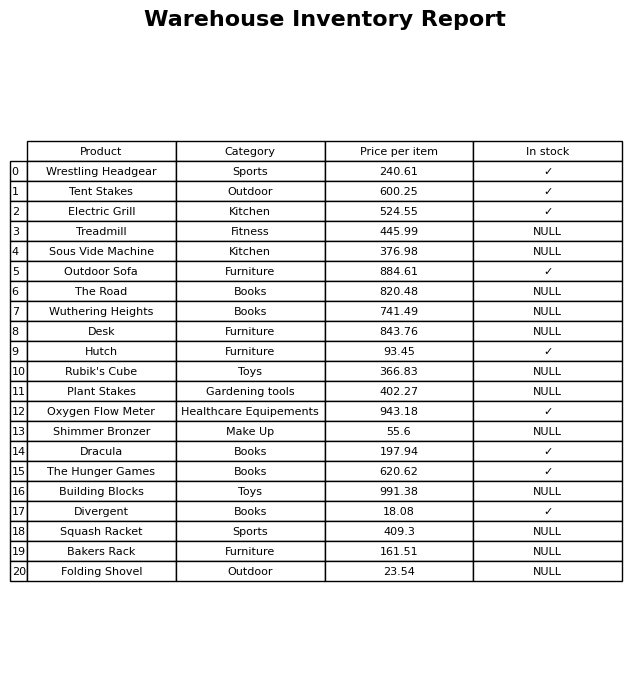
question: What is the price for Building Blocks?
answer: The price of Building Blocks is 991.38.